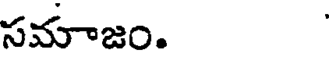
సమాజం.